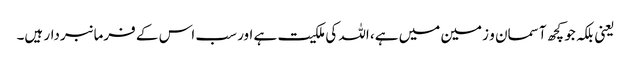
یعنی بلکہ جو کچھ آسمان و زمین میں ہے، اللہ کی ملکیت ہے اور سب اس کے فرمانبردار ہیں۔